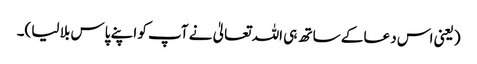
(یعنی اس دعا کے ساتھ ہی اللہ تعالیٰ نے آپ کو اپنے پاس بلا لیا)۔